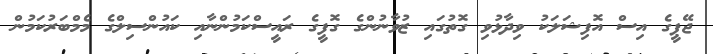
ޖޭޕީގެ އިސް އޮފިޝަލަކު ވިދާޅުވި ގޮތުގައި ޒުވާނުންގެ ގޮފީގެ ރައީސްކަމުންނާއި ކައުންސިލްގެ މެމްބަރުކަމުން